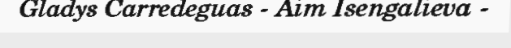
Gladys Carredeguas - Aim Isengalieva -